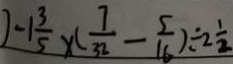
) - 1 \frac { 3 } { 5 } \times ( \frac { 7 } { 3 2 } - \frac { 5 } { 1 6 } ) \div 2 \frac { 1 } { 2 }